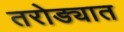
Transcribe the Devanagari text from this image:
तरोड्यात